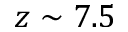
z \sim 7 . 5